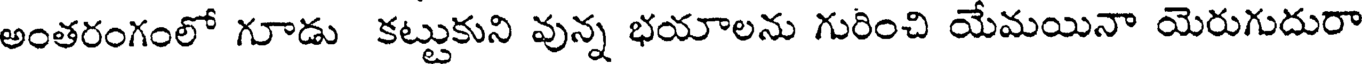
అంతరంగంలో గూడు కట్టుకుని వున్న భయాలను గురించి యేమయినా యెరుగుదురా